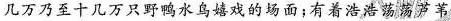
几万乃至十几万只野鸭水鸟嬉戏的场面；有着浩浩荡荡芦苇